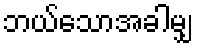
ဘယ်သောအခါမျှ